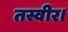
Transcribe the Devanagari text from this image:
तस्वीर।